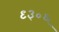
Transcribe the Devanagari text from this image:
९३०६